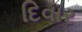
દિવાર